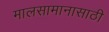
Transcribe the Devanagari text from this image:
मालसामानासाठी